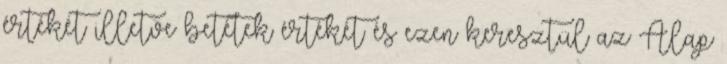
értékét illetve betétek értékét és ezen keresztül az Alap